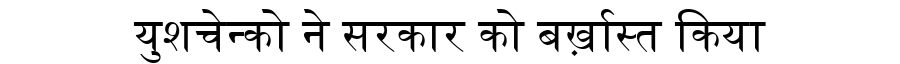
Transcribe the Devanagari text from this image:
युशचेन्को ने सरकार को बर्ख़ास्त किया